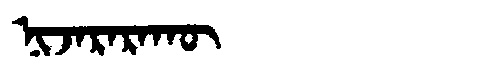
Manchu: ᠨᡳᠵᠠᡵᠠᡵᠠᡴᡡ
Romanization: NIJARARAKŪ